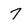
Character: 7